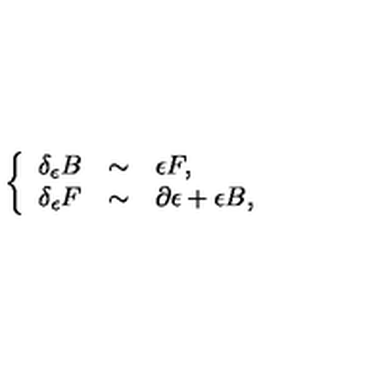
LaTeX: \left\{ \begin{array} { r c l } { \delta _ { \epsilon } B } & { \sim } & { \epsilon F , } \\ { \delta _ { \epsilon } F } & { \sim } & { \partial \epsilon + \epsilon B , } \\ \end{array} \right.